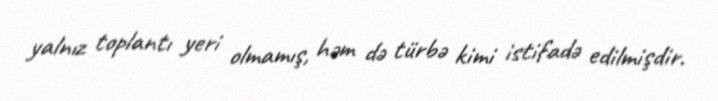
yalnız toplantı yeri olmamış, həm də türbə kimi istifadə edilmişdir.